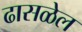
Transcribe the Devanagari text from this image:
ढासळेल